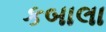
કબાલા